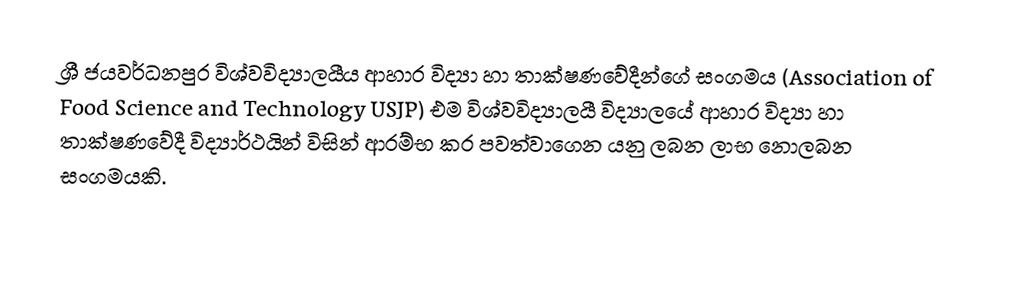
ශ්‍රී ජයවර්ධනපුර විශ්වවිද්‍යාලයීය ආහාර විද්‍යා හා තාක්ෂණවේදීන්ගේ සංගමය (Association of Food Science and Technology USJP) එම විශ්වවිද්‍යාලයී විද්‍යාලයේ ආහාර විද්‍යා හා තාක්ෂණවේදී විද්‍යාර්ථයින් විසින් ආරම්භ කර පවත්වාගෙන යනු ලබන ලාභ නොලබන සංගමයකි.